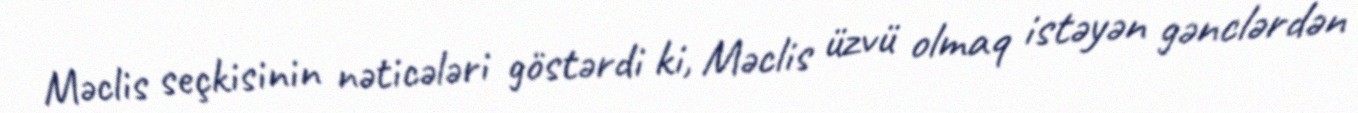
Məclis seçkisinin nəticələri göstərdi ki, Məclis üzvü olmaq istəyən gənclərdən